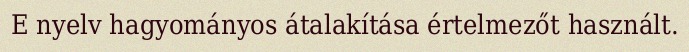
E nyelv hagyományos átalakítása értelmezőt használt.